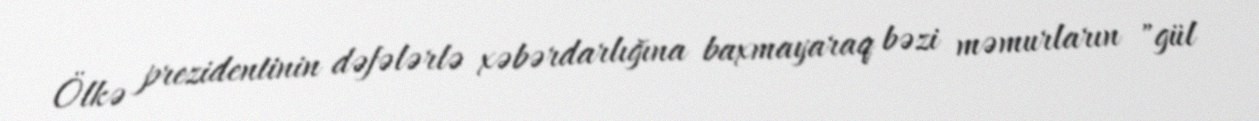
Ölkə prezidentinin dəfələrlə xəbərdarlığına baxmayaraq bəzi məmurların "gül